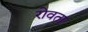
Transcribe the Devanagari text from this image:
रोवता